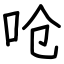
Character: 呛